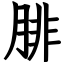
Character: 腓